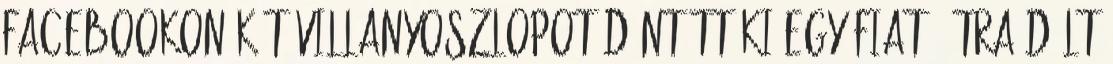
Facebookon Két villanyoszlopot döntött ki egy Fiat, útra dőlt